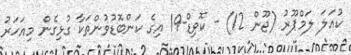
ކުއަލަ ލަމްޕޫރު (ޖޫން 12) - ކޮވިޑް-19 އިގެ ކަންބޮޑުވުންތަކާ ގުޅިގެން މިއަހަރު